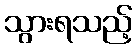
သွားရသည့်